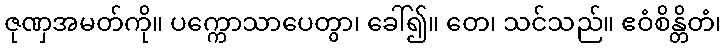
ဇုဏှအမတ်ကို။ ပက္ကောသာပေတွာ၊ ခေါ်၍။ တေ၊ သင်သည်။ ဧဝံစိန္တိတံ၊